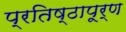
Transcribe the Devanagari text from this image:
प्रतिष्ठापूर्ण